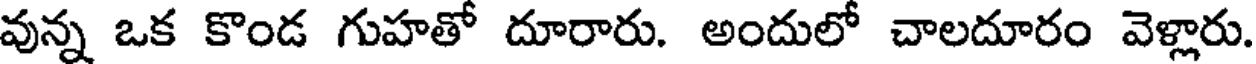
వున్న ఒక కొండ గుహతో దూరారు. అందులో చాలదూరం వెళ్లారు.